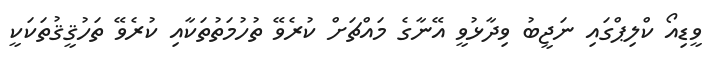
ވީޑިއޯ ކްލިޕްގައި ނަޖީބު ވިދާޅުވީ އޭނާގެ މައްޗަށް ކުރެވޭ ތުހުމަތުތަކާއި ކުރެވޭ ތަހުޤީޤުތަކަކީ